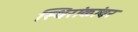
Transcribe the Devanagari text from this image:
स्थिरांकांवर